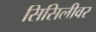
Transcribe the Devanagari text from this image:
सिसिलीवर